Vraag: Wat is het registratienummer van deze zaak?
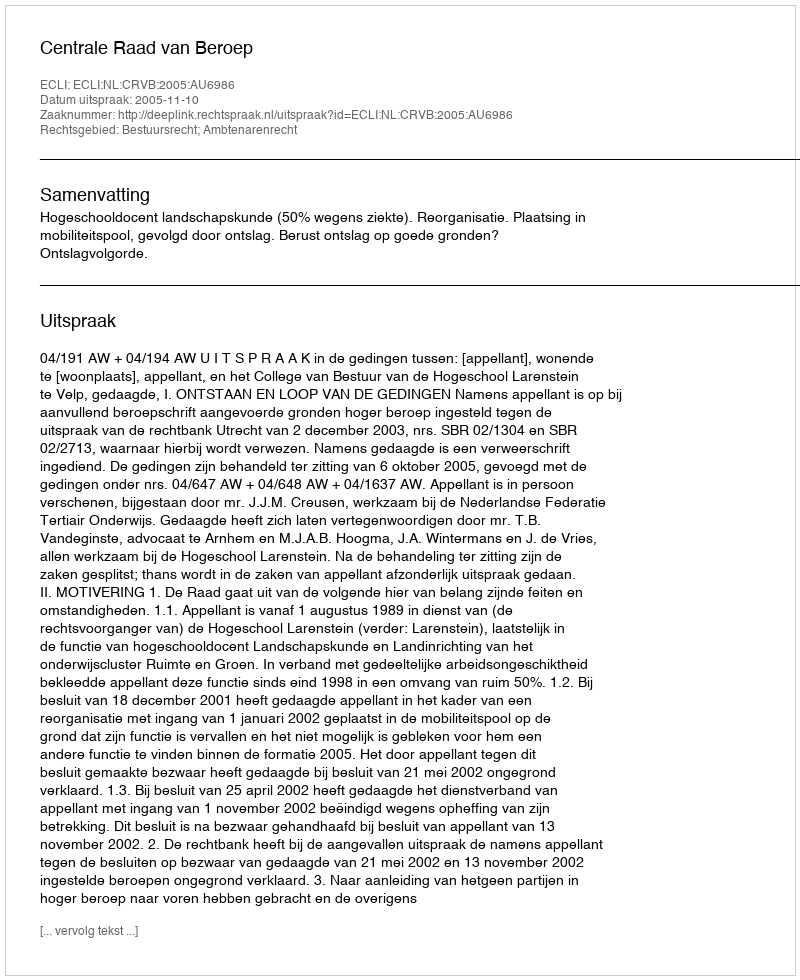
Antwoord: http://deeplink.rechtspraak.nl/uitspraak?id=ECLI:NL:CRVB:2005:AU6986